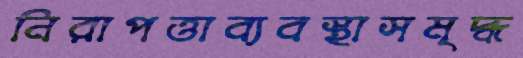
নিরাপত্তাব্যবস্থাসমৃদ্ধ